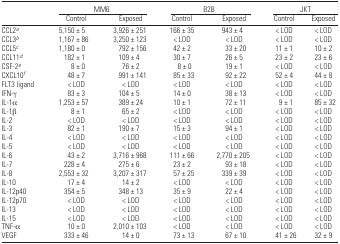
<table><thead><tr><td></td><td colspan="2"><b>MM6</b></td><td colspan="2"><b>B2B</b></td><td colspan="2"><b>JKT</b></td></tr><tr><td></td><td><b>Control</b></td><td><b>Exposed</b></td><td><b>Control</b></td><td><b>Exposed</b></td><td><b>Control</b></td><td><b>Exposed</b></td></tr></thead><tbody><tr><td>CCL2a</td><td>5,150 ± 5</td><td>3,926 ± 251</td><td>166 ± 35</td><td>943 ± 4</td><td>&lt; LOD</td><td>&lt; LOD</td></tr><tr><td>CCL3b</td><td>1,167 ± 86</td><td>3,250 ± 123</td><td>&lt; LOD</td><td>&lt; LOD</td><td>&lt; LOD</td><td>&lt; LOD</td></tr><tr><td>CCL5c</td><td>1,180 ± 0</td><td>792 ± 156</td><td>42 ± 2</td><td>33 ± 20</td><td>11 ± 1</td><td>10 ± 2</td></tr><tr><td>CCL11d</td><td>182 ± 1</td><td>109 ± 4</td><td>30 ± 7</td><td>26 ± 5</td><td>23 ± 2</td><td>23 ± 6</td></tr><tr><td>CSF-2e</td><td>8 ± 0</td><td>76 ± 2</td><td>8 ± 0</td><td>19 ± 1</td><td>&lt; LOD</td><td>&lt; LOD</td></tr><tr><td>CXCL10f</td><td>48 ± 7</td><td>991 ± 141</td><td>85 ± 33</td><td>92 ± 22</td><td>52 ± 4</td><td>44 ± 8</td></tr><tr><td>FLT3 ligand</td><td>&lt; LOD</td><td>&lt; LOD</td><td>&lt; LOD</td><td>&lt; LOD</td><td>&lt; LOD</td><td>&lt; LOD</td></tr><tr><td>IFN-γ</td><td>83 ± 3</td><td>104 ± 5</td><td>14 ± 0</td><td>38 ± 13</td><td>&lt; LOD</td><td>&lt; LOD</td></tr><tr><td>IL-1α</td><td>1,253 ± 57</td><td>389 ± 24</td><td>10 ± 1</td><td>72 ± 11</td><td>9 ± 1</td><td>85 ± 32</td></tr><tr><td>IL-1β</td><td>8 ± 1</td><td>65 ± 2</td><td>&lt; LOD</td><td>&lt; LOD</td><td>&lt; LOD</td><td>&lt; LOD</td></tr><tr><td>IL-2</td><td>&lt; LOD</td><td>&lt; LOD</td><td>&lt; LOD</td><td>&lt; LOD</td><td>&lt; LOD</td><td>&lt; LOD</td></tr><tr><td>IL-3</td><td>82 ± 1</td><td>190 ± 7</td><td>15 ± 3</td><td>94 ± 1</td><td>&lt; LOD</td><td>&lt; LOD</td></tr><tr><td>IL-4</td><td>&lt; LOD</td><td>&lt; LOD</td><td>&lt; LOD</td><td>&lt; LOD</td><td>&lt; LOD</td><td>&lt; LOD</td></tr><tr><td>IL-5</td><td>&lt; LOD</td><td>&lt; LOD</td><td>&lt; LOD</td><td>&lt; LOD</td><td>&lt; LOD</td><td>&lt; LOD</td></tr><tr><td>IL-6</td><td>43 ± 2</td><td>3,716 ± 968</td><td>111 ± 66</td><td>2,770 ± 205</td><td>&lt; LOD</td><td>&lt; LOD</td></tr><tr><td>IL-7</td><td>228 ± 4</td><td>275 ± 6</td><td>23 ± 2</td><td>93 ± 18</td><td>&lt; LOD</td><td>&lt; LOD</td></tr><tr><td>IL-8</td><td>2,553 ± 32</td><td>3,207 ± 317</td><td>57 ± 25</td><td>339 ± 39</td><td>&lt; LOD</td><td>&lt; LOD</td></tr><tr><td>IL-10</td><td>17 ± 4</td><td>14 ± 2</td><td>&lt; LOD</td><td>&lt; LOD</td><td>&lt; LOD</td><td>&lt; LOD</td></tr><tr><td>IL-12p40</td><td>354 ± 5</td><td>348 ± 13</td><td>35 ± 9</td><td>22 ± 4</td><td>&lt; LOD</td><td>&lt; LOD</td></tr><tr><td>IL-12p70</td><td>&lt; LOD</td><td>&lt; LOD</td><td>&lt; LOD</td><td>&lt; LOD</td><td>&lt; LOD</td><td>&lt; LOD</td></tr><tr><td>IL-13</td><td>&lt; LOD</td><td>&lt; LOD</td><td>&lt; LOD</td><td>&lt; LOD</td><td>&lt; LOD</td><td>&lt; LOD</td></tr><tr><td>IL-15</td><td>&lt; LOD</td><td>&lt; LOD</td><td>&lt; LOD</td><td>&lt; LOD</td><td>&lt; LOD</td><td>&lt; LOD</td></tr><tr><td>TNF-α</td><td>10 ± 0</td><td>2,010 ± 103</td><td>&lt; LOD</td><td>&lt; LOD</td><td>&lt; LOD</td><td>&lt; LOD</td></tr><tr><td>VEGF</td><td>333 ± 46</td><td>14 ± 0</td><td>73 ± 13</td><td>67 ± 10</td><td>41 ± 26</td><td>32 ± 9</td></tr></tbody></table>